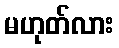
မဟုတ်လား